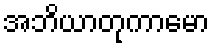
အဘိယာတုကာမော